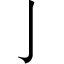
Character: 亅